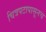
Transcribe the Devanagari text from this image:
चित्रपटापासूनच